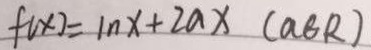
f ( x ) = \ln x + 2 a x ( a \theta R )